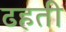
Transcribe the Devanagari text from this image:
ढहती